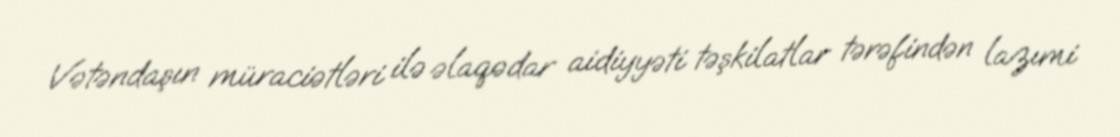
Vətəndaşın müraciətləri ilə əlaqədar aidiyyəti təşkilatlar tərəfindən lazımi